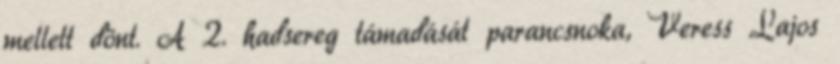
mellett dönt. A 2. hadsereg támadását parancsnoka, Veress Lajos